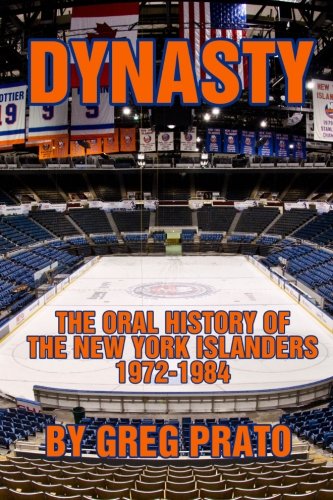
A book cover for Dynasty: The Oral History of the New York Islanders, 1972-1984; Greg Prato; Sports & Outdoors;